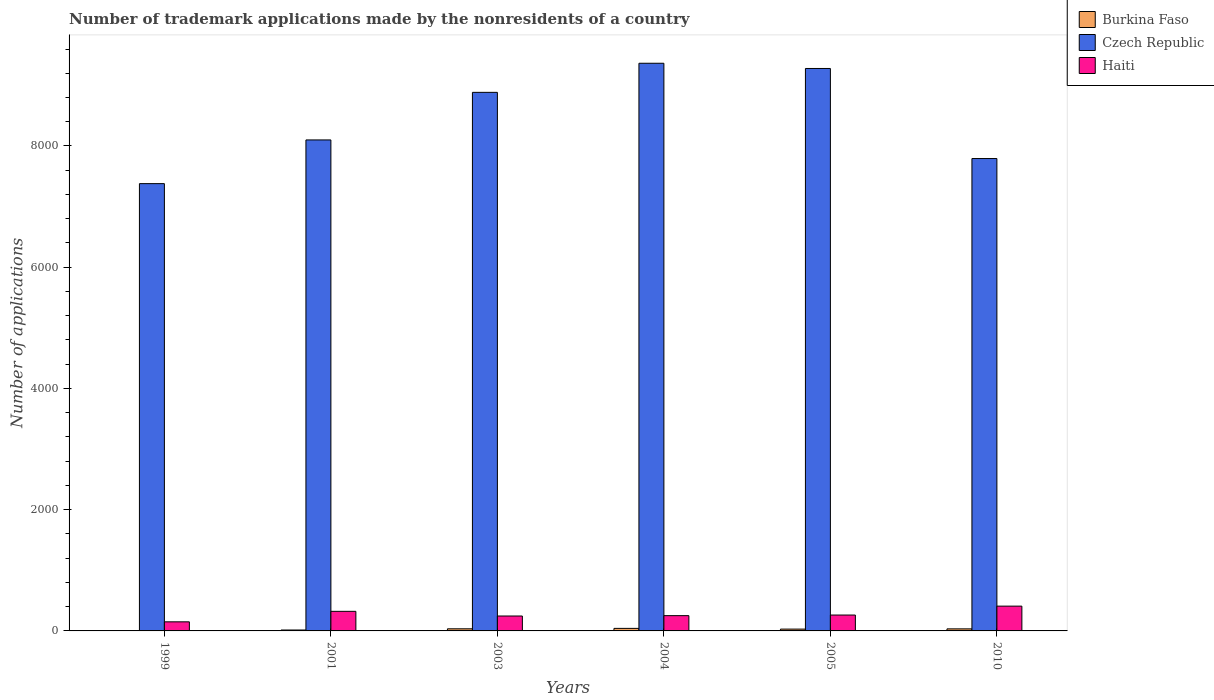
| Years | Burkina Faso | Czech Republic | Haiti |
 | --- | --- | --- | --- |
 | 1999 | 1 | 7.38e+03 | 150 |
 | 2001 | 15 | 8.1e+03 | 323 |
 | 2003 | 35 | 8.88e+03 | 246 |
 | 2004 | 42 | 9.36e+03 | 252 |
 | 2005 | 30 | 9.28e+03 | 262 |
 | 2010 | 34 | 7.79e+03 | 409 |